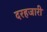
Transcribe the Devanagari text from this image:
दरहजारी